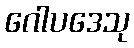
ဂေါပဒေသု